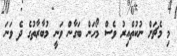
މި މެޗަށް ނުކުތްއިރު ވެސް މޯހަން ބަގާން ވަނީ މުބާރާތުގެ ދެ ވަނަ